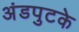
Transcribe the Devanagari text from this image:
अंडपुटके